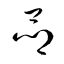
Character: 曏